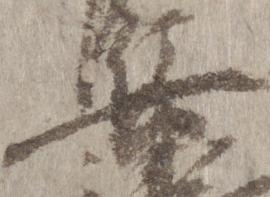
兵